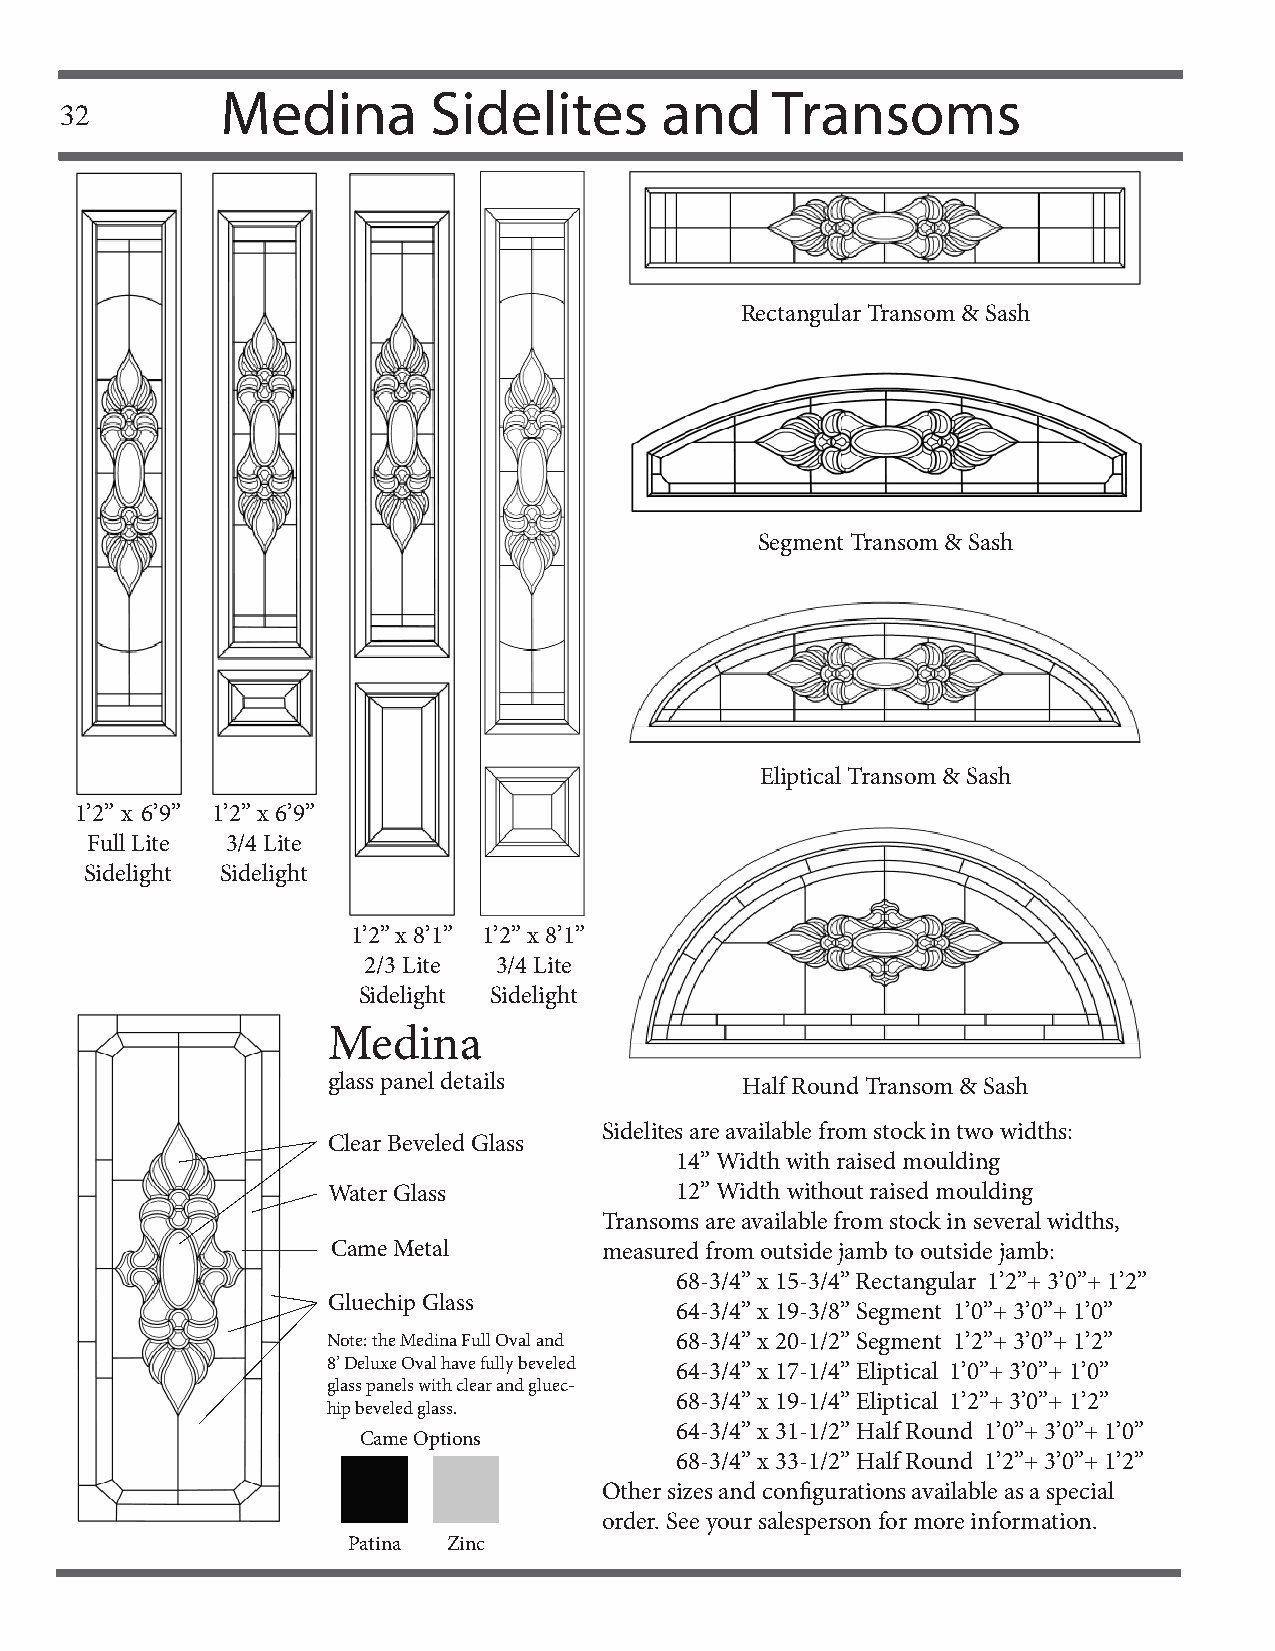
Medina       Sidelites       and    Transoms
 32
 Rectangular Transom & Sash
 Segment Transom & Sash
 Eliptical Transom & Sash
 1’2” x 6’9” 1’2” x 6’9”
 Full Lite 3/4 Lite
 Sidelight Sidelight
 1’2” x 8’1” 1’2” x 8’1”
 2/3 Lite 3/4 Lite
 Sidelight Sidelight
 Medina
 glass panel details        Half Round Transom & Sash
 Sidelites are available from stock in two widths:
 Clear Beveled Glass
 14” Width with raised moulding
 Water Glass            12” Width without raised moulding
 Transoms are available from stock in several widths,
 Came Metal        measured from outside jamb to outside jamb:
 68-3/4” x 15-3/4” Rectangular 1’2”+ 3’0”+ 1’2”
 Gluechip Glass
 64-3/4” x 19-3/8” Segment 1’0”+ 3’0”+ 1’0”
 Note: the Medina Full Oval and 68-3/4” x 20-1/2” Segment 1’2”+ 3’0”+ 1’2”
 8’ Deluxe Oval have fully beveled 64-3/4” x 17-1/4” Eliptical 1’0”+ 3’0”+ 1’0”
 glass panels with clear and gluec-
 68-3/4” x 19-1/4” Eliptical 1’2”+ 3’0”+ 1’2”
 hip beveled glass.
 64-3/4” x 31-1/2” Half Round 1’0”+ 3’0”+ 1’0”
 Came Options
 68-3/4” x 33-1/2” Half Round 1’2”+ 3’0”+ 1’2”
 Other sizes and confi gurations available as a special
 order. See your salesperson for more information.
 Patina Zinc